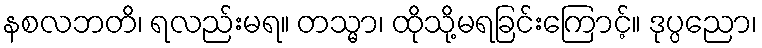
နစလဘတိ၊ ရလည်းမရ။ တသ္မာ၊ ထိုသို့မရခြင်းကြောင့်။ ဒုပ္ပညော၊